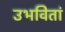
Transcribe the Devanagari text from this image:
उभवितां